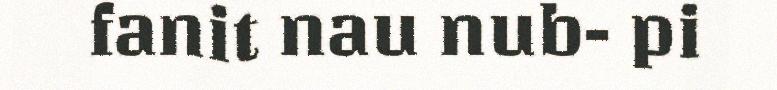
fanit nau nub- pi